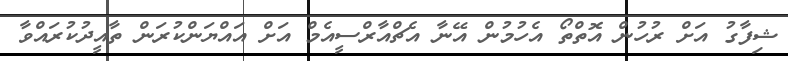
ޝިފާގު އަށް ރުހުުން އޮތްތޯ އެހުމުން އޭނާ އެޗްއާރްސީއެމް އަށް އައްޔަންކުރަން ތާއީދުކުރައްވާ